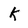
Character: k